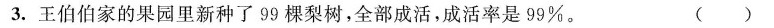
3.王伯伯家的果园里新种了99棵梨树，全部成活，成活率是99\% ()